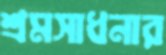
শ্রমসাধনার